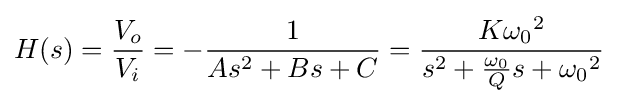
H(s)={\frac {V_{o}}{V_{i}}}=-{\frac {1}{As^{2}+Bs+C}}={\frac {K{\omega _{0}}^{2}}{s^{2}+{\frac {\omega _{0}}{Q}}s+{\omega _{0}}^{2}}}